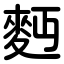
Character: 麪